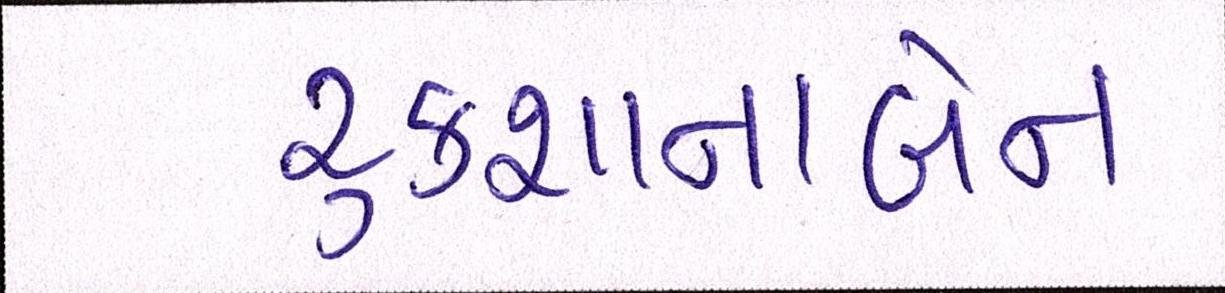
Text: રૂકશાનાબેન